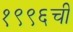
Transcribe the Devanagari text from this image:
१९९६ची